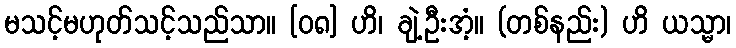
မသင့်မဟုတ်သင့်သည်သာ။ [၀၈] ဟိ၊ ချဲ့ဦးအံ့။ (တစ်နည်း) ဟိ ယသ္မာ၊